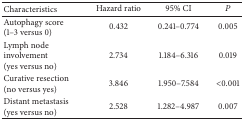
| Characteristics | Hazard ratio | 95% CI | P |
 | --- | --- | --- | --- |
 | Autophagy score (1–3 versus 0) | 0.432 | 0.241–0.774 | 0.005 |
 | Lymph node involvement (yes versus no) | 2.734 | 1.184–6.316 | 0.019 |
 | Curative resection (no versus yes) | 3.846 | 1.950–7.584 | <0.001 |
 | Distant metastasis (yes versus no) | 2.528 | 1.282–4.987 | 0.007 |